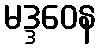
မဒ္ဒဝေန